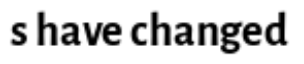
s have changed